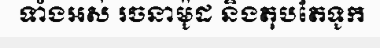
ទាំងអស់ រចនាម៉ូដ និងតុបតែទូក